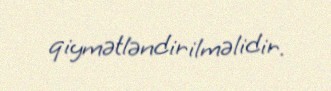
qiymətləndirilməlidir.